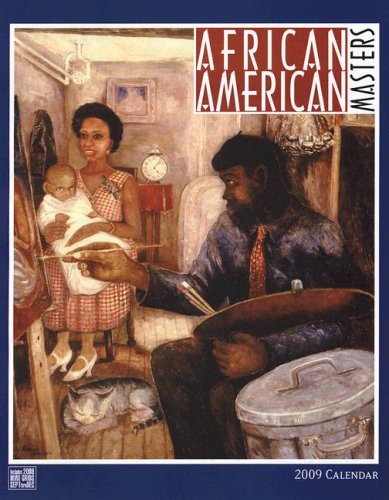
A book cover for African American Masters Calendar; Calendars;